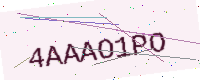
Text: 4AAAO1PO